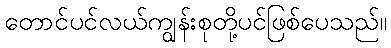
တောင်ပင်လယ်ကျွန်းစုတို့ပင်ဖြစ်ပေသည်။